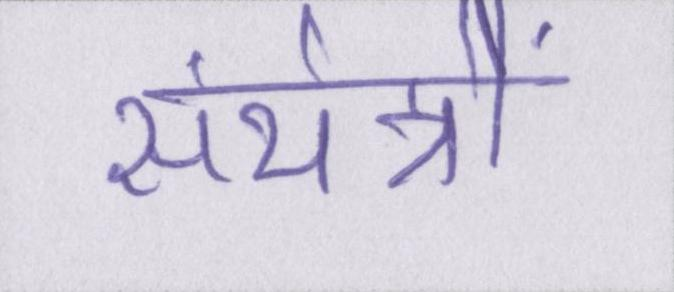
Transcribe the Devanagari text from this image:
संयंत्रों